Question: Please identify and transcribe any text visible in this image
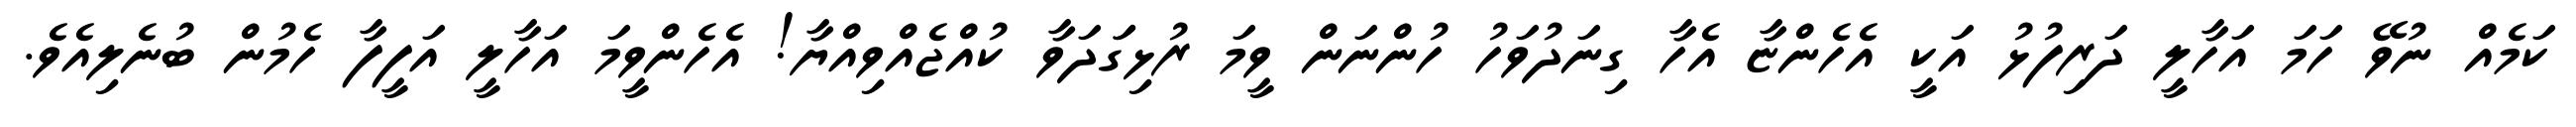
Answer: ކަމެއް ނުވޭ ހަމަ އަހާލީ ދަރިފުޅު އަކީ އެހެންޏާ އެހާ ގިނަދުވަހު ހުންނަން ވީމަ ރުޅިގަަދަވާ ކުއްޖެއްވިއްޔާ! އެހެންވީމަ އަހާލީ އަފީފާ ހެމުން ބުނެލިއެވެ.